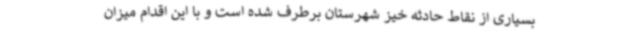
بسیاری از نقاط حادثه خیز شهرستان برطرف شده است و با این اقدام میزان